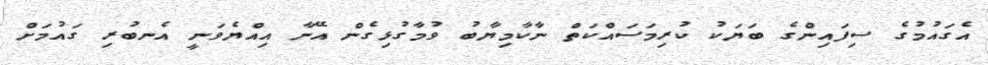
އެގައުމުގެ ސިފައިންގެ ބަޔަކު ކުރިމަސައްކަތް ނާކާމިޔާބު ވުމާގުޅިގެން އޭނާ އިއްޔެވަނީ އެނބުރި ގައުމަށް